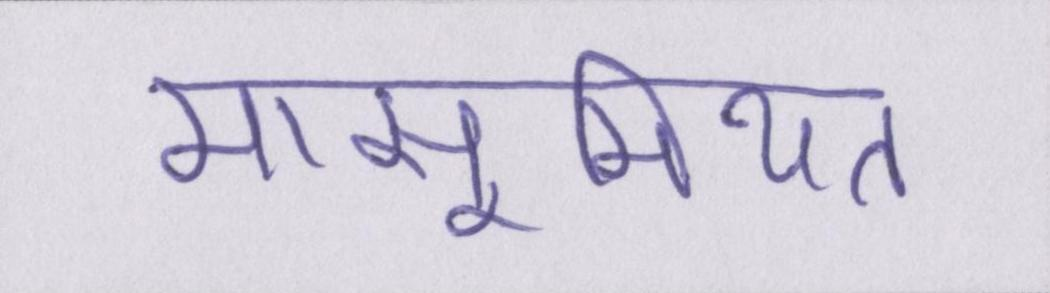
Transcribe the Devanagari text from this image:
मासूमियत